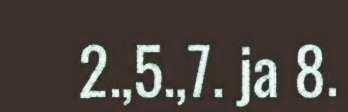
2.,5.,7. ja 8.